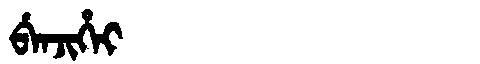
Manchu: ᠪᡝᠨᠵᡳᡥᡝᡳ
Romanization: BENJIHEI